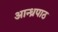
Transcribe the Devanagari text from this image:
आन्ध्रपाठ